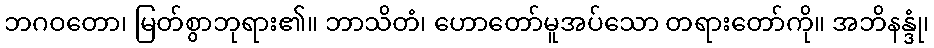
ဘဂဝတော၊ မြတ်စွာဘုရား၏။ ဘာသိတံ၊ ဟောတော်မူအပ်သော တရားတော်ကို။ အဘိနန္ဒုံ၊